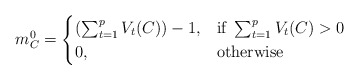
\begin{align*} m^0_C=\begin{cases} (\sum_{t=1}^{p}V_t(C))-1, & \mbox{if } \sum_{t=1}^{p}V_t(C)>0 \\ 0, & \mbox{otherwise} \end{cases} \end{align*}